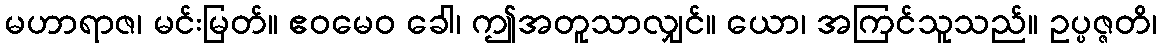
မဟာရာဇ၊ မင်းမြတ်။ ဧဝမေဝ ခေါ၊ ဤအတူသာလျှင်။ ယော၊ အကြင်သူသည်။ ဥပ္ပဇ္ဇတိ၊